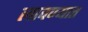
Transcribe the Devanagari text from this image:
लावण्‍यात